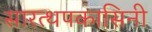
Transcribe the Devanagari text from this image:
सारत्थपकासिनी